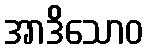
အာဒိသောဝ